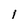
Character: l